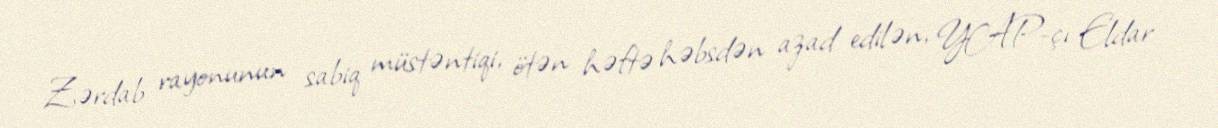
Zərdab rayonunun sabiq müstəntiqi, ötən həftə həbsdən azad edilən, YAP-çı Eldar